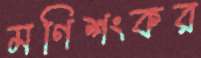
মণিশংকর